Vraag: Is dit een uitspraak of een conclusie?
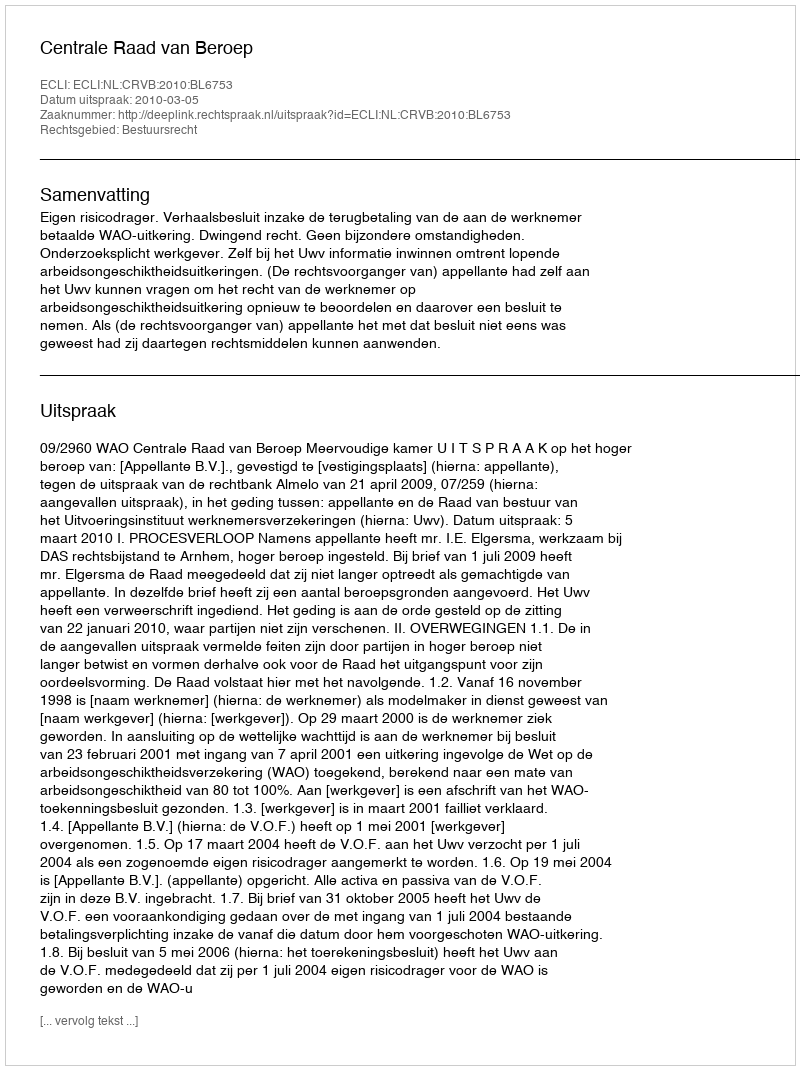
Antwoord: Uitspraak